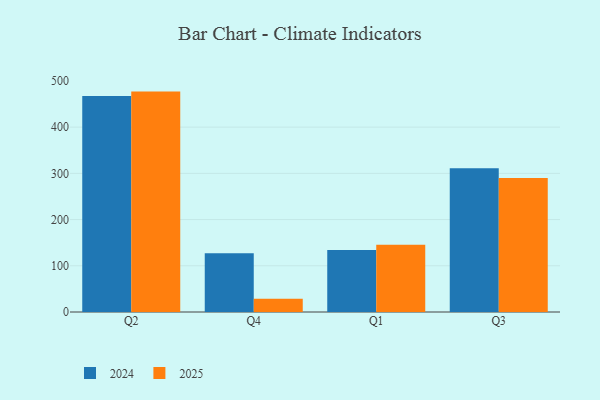
{"axis": {"x": "Quarter", "y": "Satisfaction Score"}, "legend": ["2024", "2025"], "data": [{"x": "Q2", "y": 476.9, "type": "2025"}, {"x": "Q2", "y": 467.2, "type": "2024"}, {"x": "Q4", "y": 28.7, "type": "2025"}, {"x": "Q4", "y": 126.9, "type": "2024"}, {"x": "Q1", "y": 145.6, "type": "2025"}, {"x": "Q1", "y": 134.2, "type": "2024"}, {"x": "Q3", "y": 290.2, "type": "2025"}, {"x": "Q3", "y": 311.0, "type": "2024"}]}